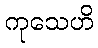
ကုသေဟိ